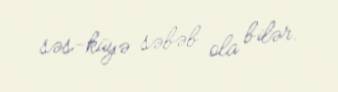
səs-küyə səbəb ola bilər.